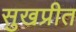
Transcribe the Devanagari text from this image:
सुखप्रीत